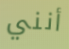
أنني